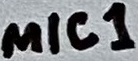
Text: MIC1